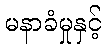
မနာခံမှုနှင့်